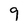
Character: 9